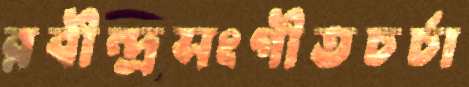
রবীন্দ্রসংগীতচর্চা